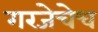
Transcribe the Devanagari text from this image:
गरजेचेच